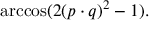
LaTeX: \operatorname { a r c c o s } ( 2 ( p \cdot q ) ^ { 2 } - 1 ) .